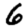
Digit: 6